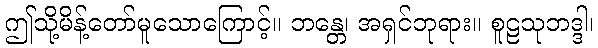
ဤသို့မိန့်တော်မူသောကြောင့်။ ဘန္တေ၊ အရှင်ဘုရား။ စူဠသုဘဒ္ဒါ၊